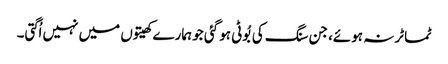
ٹماٹر نہ ہوئے، جن سنگ کی بُوٹی ہو گئی جو ہمارے کھیتوں میں نہیں اُگتی۔